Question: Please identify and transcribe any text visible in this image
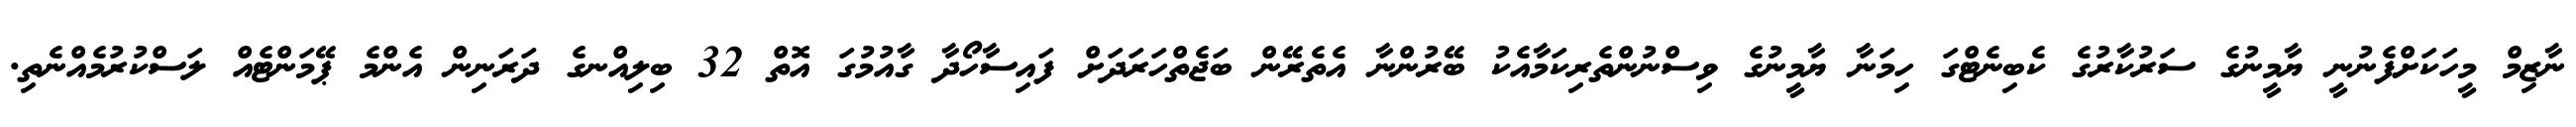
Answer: ނާޒިމް މީހަކަށްފެނުނީ ޔާމީނުގެ ސަރުކާރުގެ ކެބިނެޓްގަ ހިމަނާ ޔާމީނުގެ ވިސްނުންތެރިކަމާއެކު ބޭރުންނާ އެތެރޭން ބަޖެތްހަރަދަށް ފައިސާހޯދާ ގާއުމުގަ އޮތް 32 ބިލިއްނގެ ދަރަނިން އެންމެ ޕޭމަންޓެއް ލަސްކުރުމެއްނެތި.